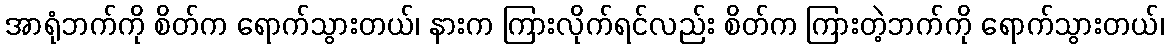
အာရုံဘက်ကို စိတ်က ရောက်သွားတယ်၊ နားက ကြားလိုက်ရင်လည်း စိတ်က ကြားတဲ့ဘက်ကို ရောက်သွားတယ်၊